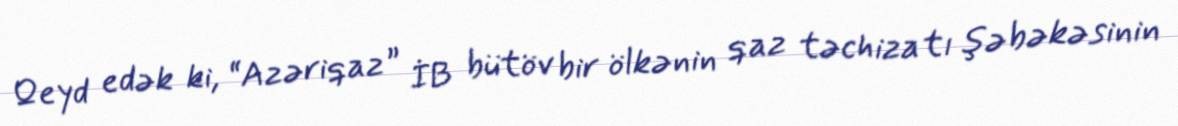
Qeyd edək ki, “Azəriqaz” İB bütöv bir ölkənin qaz təchizatı şəbəkəsinin